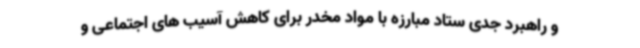
و راهبرد جدی ستاد مبارزه با مواد مخدر برای کاهش آسیب های اجتماعی و